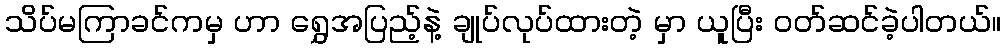
သိပ်မကြာခင်ကမှ ဟာ ရွှေအပြည့်နဲ့ ချုပ်လုပ်ထားတဲ့ မှာ ယူပြီး ဝတ်ဆင်ခဲ့ပါတယ်။